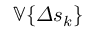
\mathbb { V } \{ \varDelta s _ { k } \}